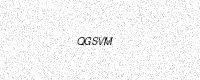
Text: QGSVM